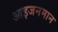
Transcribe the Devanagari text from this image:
आइजनमान